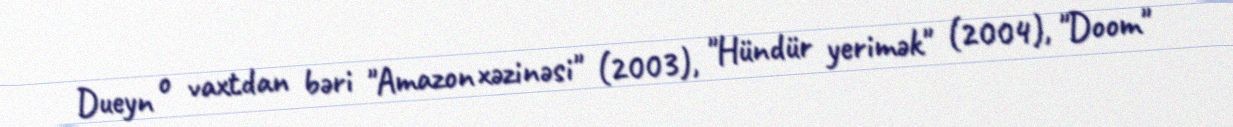
Dueyn o vaxtdan bəri "Amazon xəzinəsi" (2003), "Hündür yerimək" (2004), "Doom"